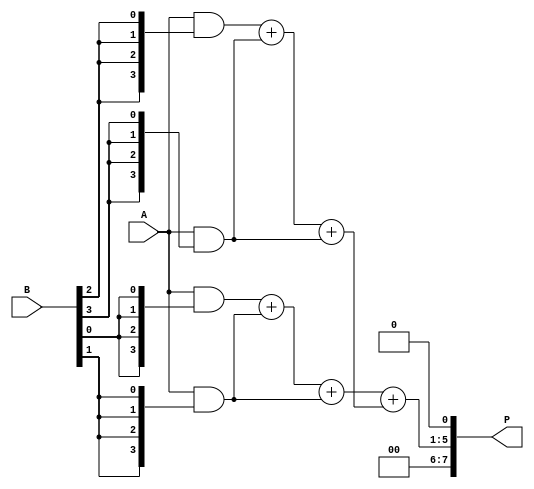
module WallaceTreeMultiplier #(parameter N = 4) (
    input  [N-1:0] A, // N-bit input A
    input  [N-1:0] B, // N-bit input B
    output reg [2*N-1:0] P // (2N-1)-bit output product
);

    // Partial product generation
    wire [N-1:0] pp[N-1:0]; // Partial products array

    genvar i, j;
    generate
        for (i = 0; i < N; i = i + 1) begin : partial_products
            assign pp[i] = A & {N{B[i]}}; // AND operation to generate partial products
        end
    endgenerate

    // Wallace Tree Reduction
    wire [N-1:0] sum[N-1:0]; // Sums at each level
    wire [N-1:0] carry[N-1:0]; // Carries at each level

    // Level 1 reduction
    genvar k;
    generate
        for (k = 0; k < N; k = k + 1) begin : level1
            if (k % 2 == 0 && k + 1 < N) begin
                // Use half adder for pairs
                assign {carry[k], sum[k]} = pp[k] + pp[k + 1]; // Half Adder
            end else if (k % 2 == 1) begin
                // Pass through for odd index
                assign sum[k] = pp[k];
                assign carry[k] = 0;
            end
        end
    endgenerate

    // Level 2 reduction
    wire [N-1:0] sum2[N/2-1:0];
    wire [N-1:0] carry2[N/2-1:0];

    generate
        for (k = 0; k < N/2; k = k + 1) begin : level2
            assign {carry2[k], sum2[k]} = sum[k*2] + sum[k*2+1]; // Full Adder
        end
    endgenerate

    // Final sum
    wire [N-1:0] final_sum;
    wire final_carry;

    assign {final_carry, final_sum} = sum2[0] + sum2[1]; // Final addition

    // Final product assembly
    always @* begin
        P = {final_carry, final_sum, 1'b0}; // Shift left for final product
    end

endmodule